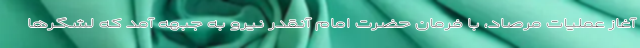
آغاز عملیات مرصاد، با فرمان حضرت امام آنقدر نیرو به جبهه آمد که لشگرها